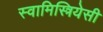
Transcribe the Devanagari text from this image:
स्वामिस्त्रियेसी